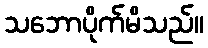
သဘောပိုက်မိသည်။